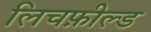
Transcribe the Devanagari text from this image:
लिचफ़ील्ड